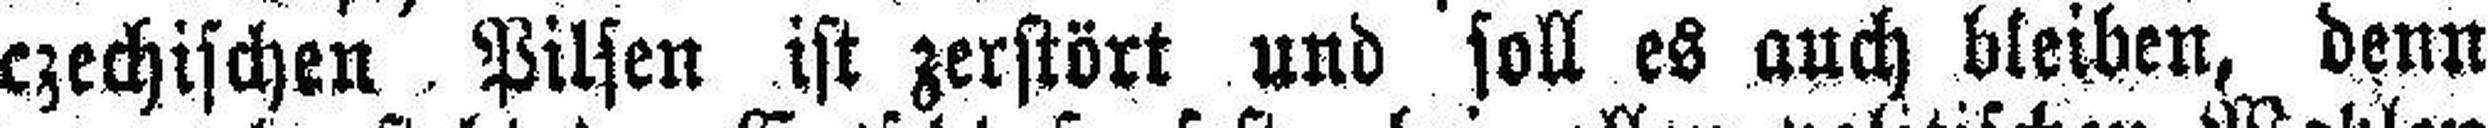
czechischen Pilsen ist zerstört und soll es auch bleiben, denn